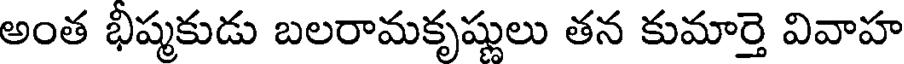
అంత భీష్మకుడు బలరామకృష్ణులు తన కుమార్తె వివాహ